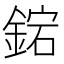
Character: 𨧩